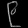
Digit: ၉